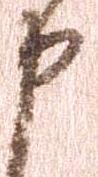
申